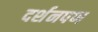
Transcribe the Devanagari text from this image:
दर्शनपण